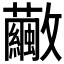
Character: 𣀸